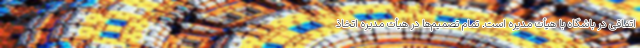
اتفاقی در باشگاه با هیأت مدیره است. تمام تصمیم‌ها در هیأت مدیره اتخاذ